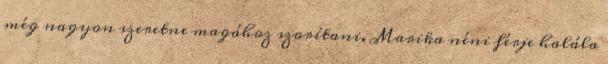
még nagyon szeretne magához szorítani. Marika néni férje halála